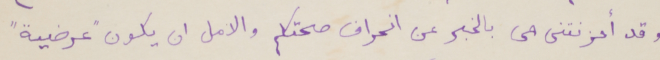
وقد أحزنتنى مى بالخبر عن انحراف صحتكم والامل ان يكون "عرضية"